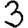
Digit: 3